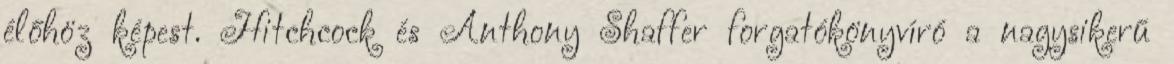
élőhöz képest. Hitchcock és Anthony Shaffer forgatókönyvíró a nagysikerű